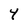
Character: Y